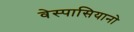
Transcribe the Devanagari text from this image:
वेस्पासियानो